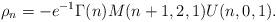
LaTeX: \begin{align*}\rho_n = -e^{-1}\Gamma(n)M(n+1,2,1)U(n,0,1).\end{align*}